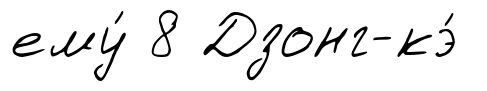
ему́ 8 Дзонг-кэ́